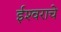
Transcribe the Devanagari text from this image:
ईश्‍वराचे